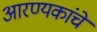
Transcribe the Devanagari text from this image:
आरण्यकांचे